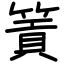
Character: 篢